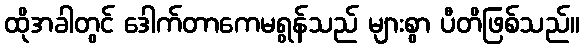
ထိုအခါတွင် ဒေါက်တာကေမရွန်သည် များစွာ ပီတိဖြစ်သည်။